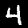
Label: 4